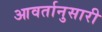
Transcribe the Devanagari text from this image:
आवर्तानुसारी